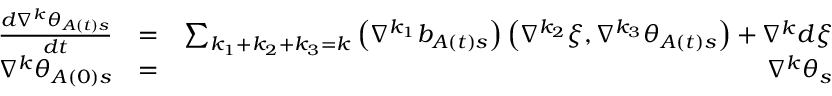
\begin{array} { r l r } { \frac { d \nabla ^ { k } \theta _ { A \left( t \right) s } } { d t } } & { = } & { \sum _ { k _ { 1 } + k _ { 2 } + k _ { 3 } = k } \left( \nabla ^ { k _ { 1 } } b _ { A \left( t \right) s } \right) \left( \nabla ^ { k _ { 2 } } \xi , \nabla ^ { k _ { 3 } } \theta _ { A \left( t \right) s } \right) + \nabla ^ { k } d \xi } \\ { \nabla ^ { k } \theta _ { A \left( 0 \right) s } } & { = } & { \nabla ^ { k } \theta _ { s } } \end{array}